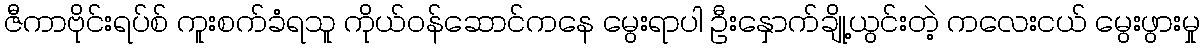
ဇီကာဗိုင်းရပ်စ် ကူးစက်ခံရသူ ကိုယ်ဝန်ဆောင်ကနေ မွေးရာပါ ဦးနှောက်ချို့ယွင်းတဲ့ ကလေးငယ် မွေးဖွားမှု